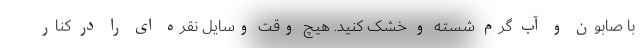
با صابون و آب گرم شسته و خشک کنید. هیچ وقت وسایل نقره ای را در کنار